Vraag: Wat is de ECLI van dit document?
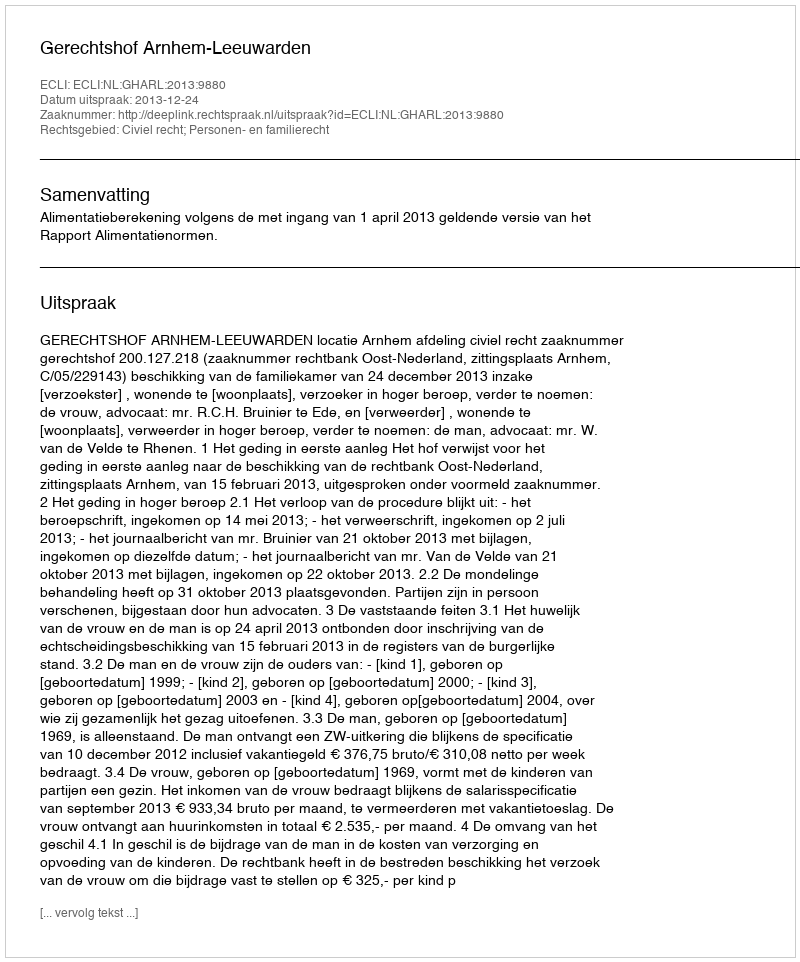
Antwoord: ECLI:NL:GHARL:2013:9880